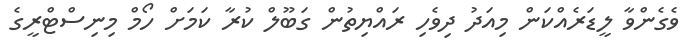
ވެގެންވާ ލީޑަރެއްކަން މިއަދު ދިވެހި ރައްޔިތުން ގަބޫލް ކުރާ ކަމަށް ހޯމް މިނިސްޓްރީގެ